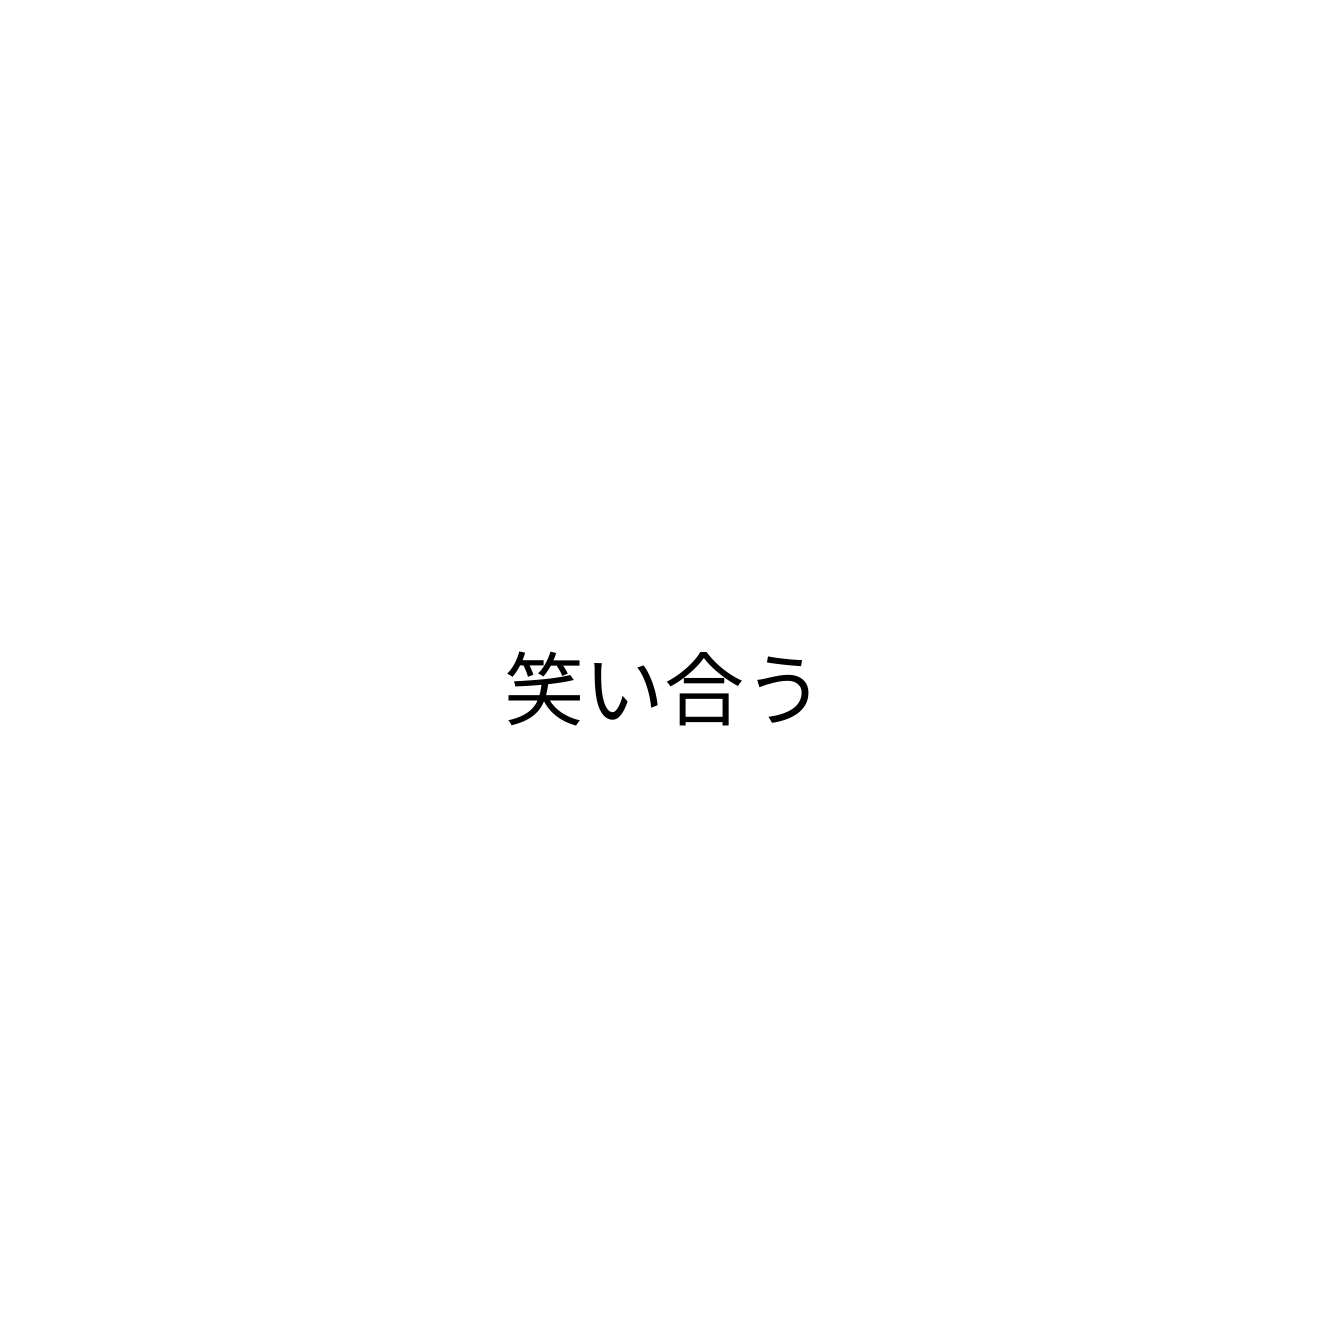
笑い合う